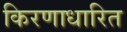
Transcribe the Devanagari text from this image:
किरणाधारित